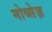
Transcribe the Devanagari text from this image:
मोव्सेज़